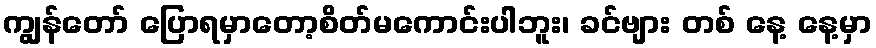
ကျွန်တော် ပြောရမှာတော့စိတ်မကောင်းပါဘူး၊ ခင်ဗျား တစ် နေ့ နေ့မှာ